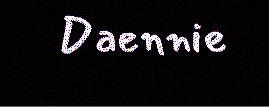
Daennie